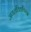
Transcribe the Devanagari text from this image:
जयललितांविरुद्ध